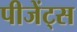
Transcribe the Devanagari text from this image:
पीजेंट्स